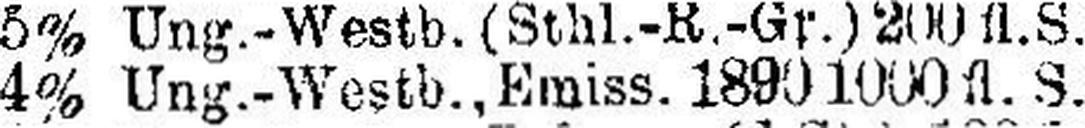
4% Ung.-Westb., Emiss. 1890 1000 fl. S.